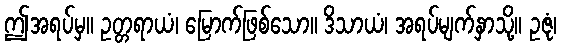
ဤအရပ်မှ။ ဥတ္တရာယံ၊ မြောက်ဖြစ်သော။ ဒိသာယံ၊ အရပ်မျက်နှာသို့။ ဥဇုံ၊